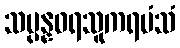
သမ္ပန္နဝရသူကရမံသံ